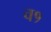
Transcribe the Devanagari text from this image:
व१